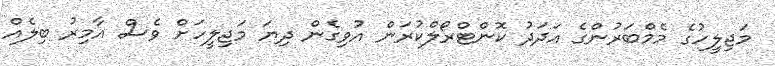
މަޖިލީހުގެ މެމްބަރުންގެ އަދަދު ކޮންޓްރޯލްކުރަން އުވިގެން ދިޔަ މަޖިލީހަށް ވެސް އާމިރު ބިލެއް